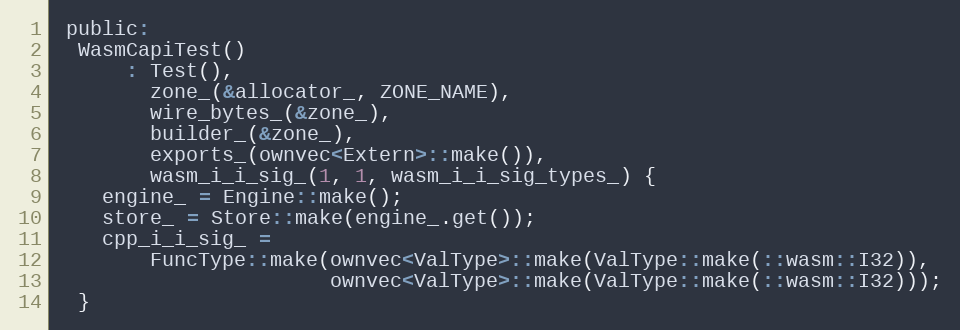
Language: C
 public:
  WasmCapiTest()
      : Test(),
        zone_(&allocator_, ZONE_NAME),
        wire_bytes_(&zone_),
        builder_(&zone_),
        exports_(ownvec<Extern>::make()),
        wasm_i_i_sig_(1, 1, wasm_i_i_sig_types_) {
    engine_ = Engine::make();
    store_ = Store::make(engine_.get());
    cpp_i_i_sig_ =
        FuncType::make(ownvec<ValType>::make(ValType::make(::wasm::I32)),
                       ownvec<ValType>::make(ValType::make(::wasm::I32)));
  }